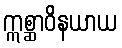
ဣစ္ဆာဝိနယာယ